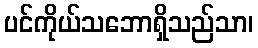
ပင်ကိုယ်သဘောရှိသည်သာ၊